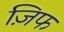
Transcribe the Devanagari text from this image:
ज़िफ